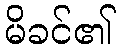
မိခင်၏